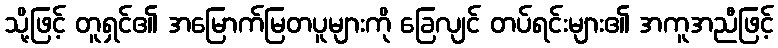
သို့ဖြင့် တူရှင်၏ အမြောက်မြတပူများကို ခြေလျင် တပ်ရင်းများ၏ အကူအညီဖြင့်